General report no. 6 on the lunatic asylums, vaccination and dispensaries in the Bengal Presidency, 1873 -
Year: 1873
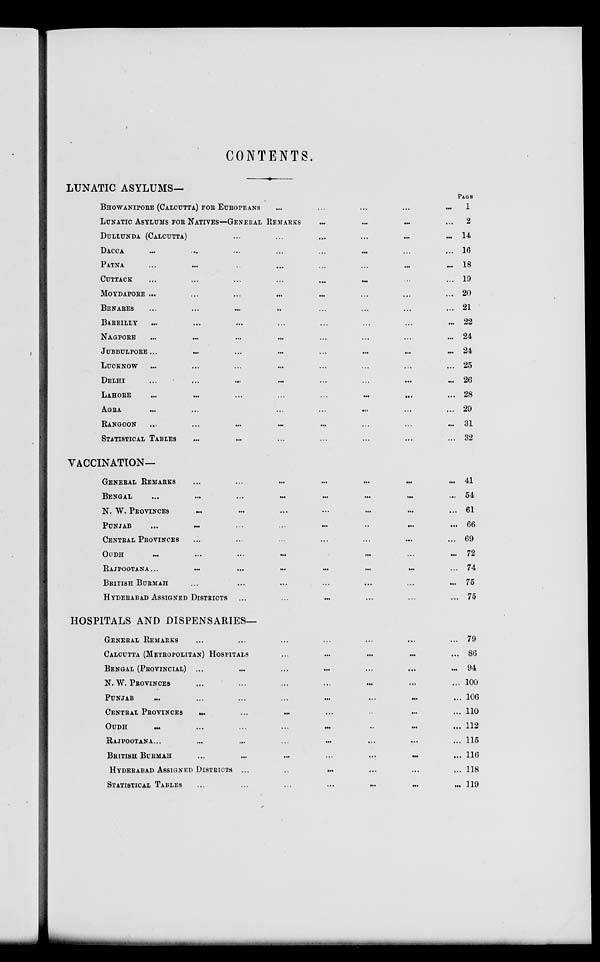
CONTENTS.
LUNATIC ASYLUMS—
BHOWANIPORE (CALCUTTA) FOR EUROPEANS ... ... ... ... ...
LUNATIC ASYLUMS FOR NATIVES—GENERAL REMARKS
...
...
...
...
DULLUNDA (CALCUTTA) ... ... ... ... ... ...
DACCA ... ... ... ... ... ... ... ...
PATNA
...
...
...
...
...
...
...
...
CUTTACK ... ... ... ... ... ... ... ...
MOYDAPOEE ... ... ... ... ... ... ... ...
BENARES ... ... ... ... ... ... ... ...
BAREILLY... ... ... ... ... ... ... ...
NAGPORE
...
...
...
...
...
...
...
...
JUBBULPORE ...
...
...
...
...
...
...
...
LUCKNOW
...
...
...
...
...
...
...
...
DELHI
...
...
... ... ... ... ... ...
LAHORE
...
...
...
...
...
...
...
...
AGRA ... ... ... ... ... ... ... ...
RANGOON ... ... ... ... ... ... ... ...
STATISTICAL TABLES ... ... ... ... ... ... ...
VACCINATION—
GENERAL REMARKS ... ... ... ... ... ... ...
BENGAL
... ... ... ... ... ... ... ...
N. W. PROVINCES ... ... ... ... ... ... ...
PUNJAB ... ... ... ... ... ... ... ...
CENTRAL PROVINCES ... ... ... ... ... ... ... ...
OUDH
...
...
...
...
...
...
...
RAJPOOTANA ...
...
...
...
...
...
...
BRITISH BURMAH ... ... ... ... ... ... ...
HYDRABAD ASSIGNED DISTRICTS ... ... ... ... ... ...
HOSPITALS AND DISPENSARIES—
GENERAL REMARKS ... ... ... ... ... ... ...
CALCUTTA (METROPOLITAN) HOSPITALS ... ... ... ... ...
BENGAL (PROVINCIAL)
... ... ... ... ... ... ...
N. W. PROVINCES ... ... ... ... ... ... ...
PUNJAB
...
...
...
...
...
...
...
...
CENTRAL PROVINCES
...
...
...
..
...
...
OUDH
...
...
...
..
...
...
...
...
RAJPOOTANA... ... ... ... ... ... ... ...
BRITISH BURMAH ... ... ... ... ... ... ...
HYDERABAD ASSIGNED DISTRICTS
... ... ... ... ... ... ...
STATISTICAL TABLES
...
...
...
...
...
...
...
PAGE
1
2
14
16
18
19
20
21
22
24
24
25
26
28
29
31
32
41
54
61
66
69
72
74
75
75
79
86
94
100
106
110
112
115
116
118
119